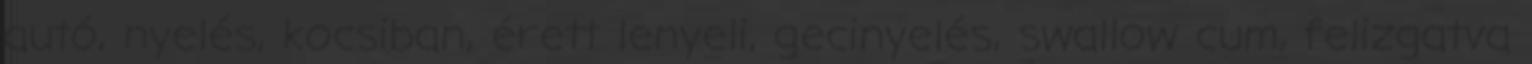
autó, nyelés, kocsiban, érett lenyeli, gecinyelés, swallow cum, felizgatva